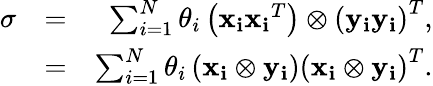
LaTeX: \begin{array}{rlr}{\sigma}&{=}&{\sum_{i=1}^{N}\theta_{i}\left(\mathbf{x_{i}}\mathbf{x_{i}}^{T}\right)\otimes\left(\mathbf{\mathbf{y_{i}}}\mathbf{\mathbf{y_{i}}}\right)^{T},}\\ &{=}&{\sum_{i=1}^{N}\theta_{i}\left(\mathbf{\mathbf{x_{i}}}\otimes\mathbf{\mathbf{y_{i}}}\right)\left(\mathbf{x_{i}}\otimes\mathbf{\mathbf{y_{i}}}\right)^{T}.}\end{array}